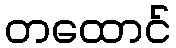
တထောင်